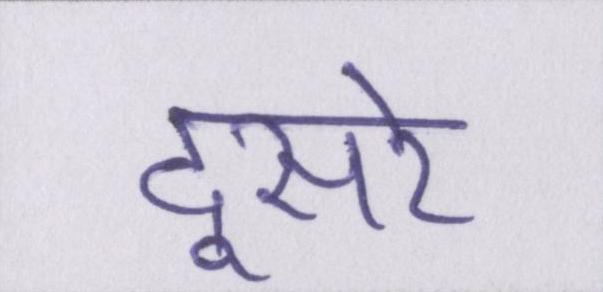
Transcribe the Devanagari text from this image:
दूसरे